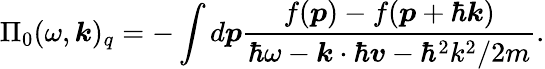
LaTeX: \Pi_{0}(\omega,\boldsymbol{k})_{q}=-\int d\boldsymbol{p}\frac{f(\boldsymbol{p})-f(\boldsymbol{p}+\hbar\boldsymbol{k})}{\hbar\omega-\boldsymbol{k}\cdot\hbar\boldsymbol{v}-\hbar^{2}k^{2}/2m}.